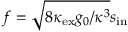
f = \sqrt { 8 \kappa _ { \mathrm { e x } } g _ { 0 } / \kappa ^ { 3 } } s _ { \mathrm { i n } }